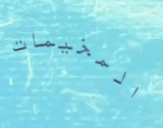
المخيمات